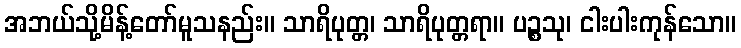
အဘယ်သို့မိန့်တော်မူသနည်း။ သာရိပုတ္တ၊ သာရိပုတ္တရာ။ ပဉ္စသု၊ ငါးပါးကုန်သော။